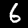
Label: 6